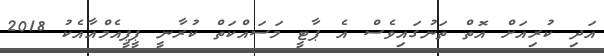
އަދި ކުރިއަށް އޮތް ތަނުގައިވެސް އެ ޕާޓީ މަސައްކަތް ކުރާނީ ޕީޕީއެމްއާއެކު 2018